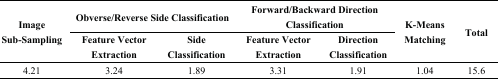
| <ROWSPAN=2> Image Sub-Sampling | <COLSPAN=2> Obverse/Reverse Side Classification | <COLSPAN=2> Forward/Backward Direction Classification | <ROWSPAN=2> K-Means Matching | <ROWSPAN=2> Total |
 | Feature Vector Extraction | Side Classification | Feature Vector Extraction | Direction Classification |
 | --- | --- | --- | --- | --- | --- | --- |
 | 4.21 | 3.24 | 1.89 | 3.31 | 1.91 | 1.04 | 15.6 |